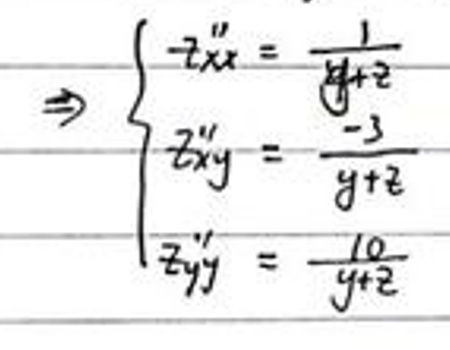
\Rightarrow \begin{cases}
2x'' = \frac{1}{y + 2} \\
2y'' = \frac{-3}{y + 2} \\
z'y = \frac{10}{y + 2}
\end{cases}